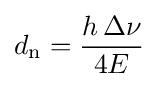
d_{\text{n}}={\frac {h\,\Delta \nu }{4E}}